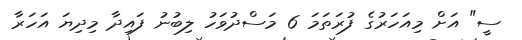
ސީ" އަށް މިއަހަރުގެ ފުރަތަމަ 6 މަސްދުވަހު ލިބުނު ފައިދާ މިދިޔަ އަހަރާ